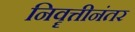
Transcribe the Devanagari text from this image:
निवॄत्तीनंतर